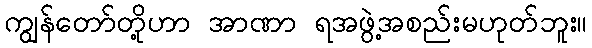
ကျွန်တော်တို့ဟာ အာဏာ ရအဖွဲ့အစည်းမဟုတ်ဘူး။